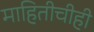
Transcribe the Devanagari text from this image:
माहितीचीही